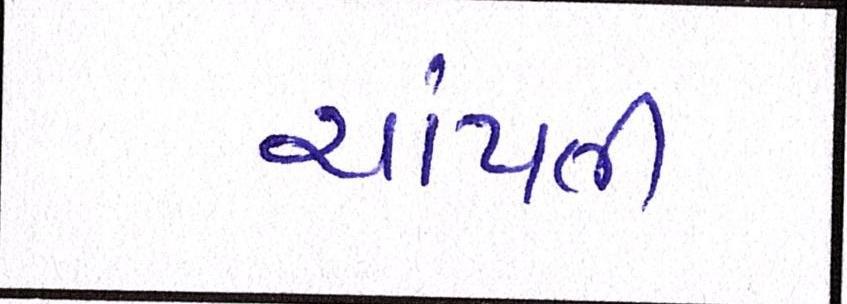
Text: ચાંપતી